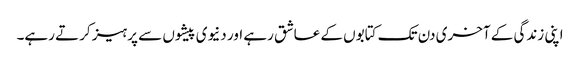
اپنی زندگی کے آخری دن تک کتابوں کے عاشق رہے اور دنیوی پیشوں سے پرہیز کرتے رہے۔